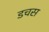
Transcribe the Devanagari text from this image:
डचस